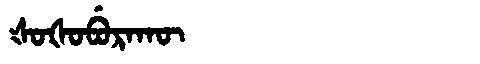
Manchu: ᡧᠣᡧᠣᠪᡠᡵᠠᡴᡡ
Romanization: ŠOŠOBURAKŪ